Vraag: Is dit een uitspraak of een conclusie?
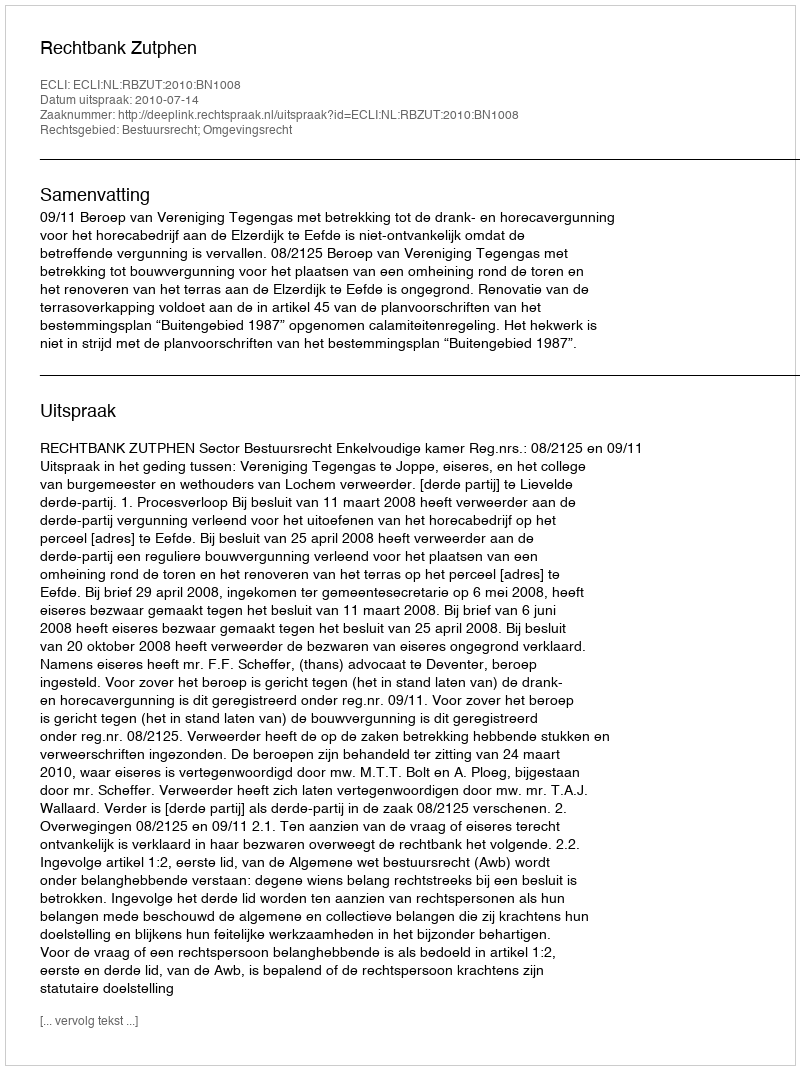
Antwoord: Uitspraak